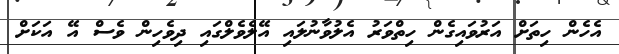
އެހެން ހިތަށް އަރުވައިގެން ހިތްވަރު އެލުވާނުލައި އޭލެވެލްގައި ދިވެހިން ވެސް އޭ އަކަށް